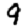
Digit: 9